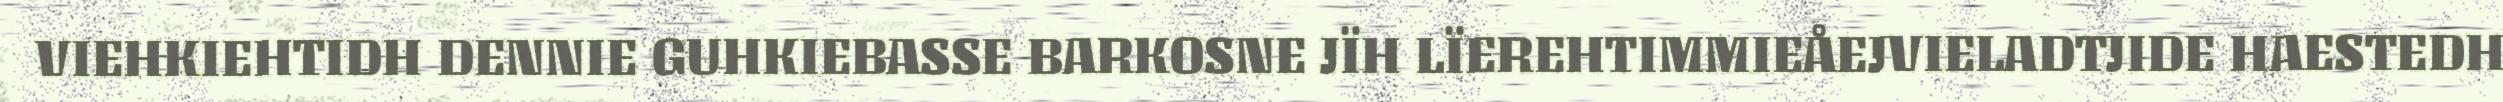
VIEHKIEHTIDH DENNIE GUHKIEBASSE BARKOSNE JÏH LÏEREHTIMMIEÅEJVIELADTJIDE HAESTEDH